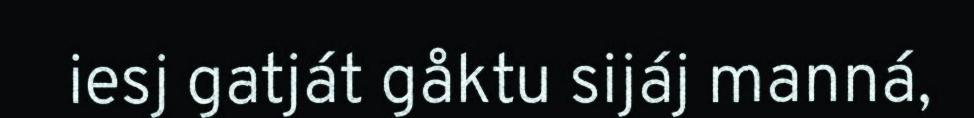
iesj gatját gåktu sijáj manná,